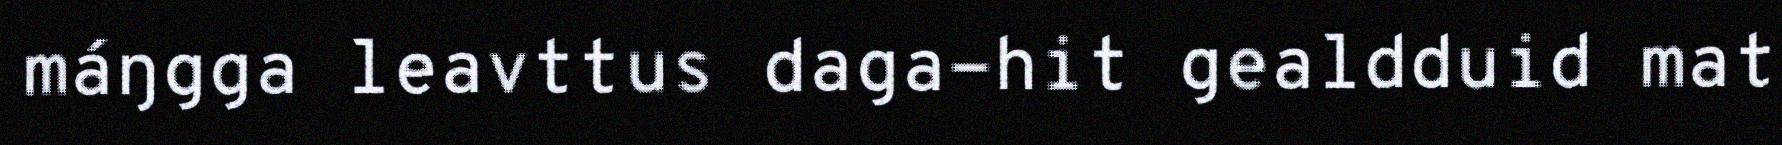
máŋgga leavttus daga-hit gealdduid mat